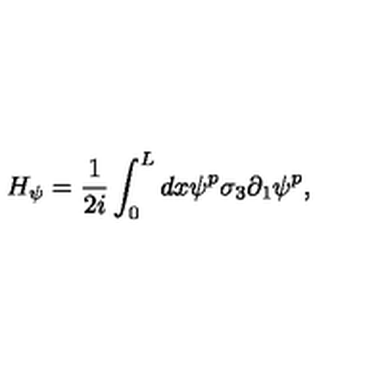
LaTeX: H _ { \psi } = \frac { 1 } { 2 i } \int _ { 0 } ^ { L } d x \psi ^ { p } \sigma _ { 3 } \partial _ { 1 } \psi ^ { p } ,